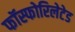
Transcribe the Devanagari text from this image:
फॉस्फोरिलेटेड